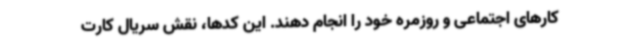
کارهای اجتماعی و روزمره خود را انجام دهند. این کدها، نقش سریال کارت